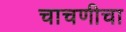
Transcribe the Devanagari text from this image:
चाचणीचा